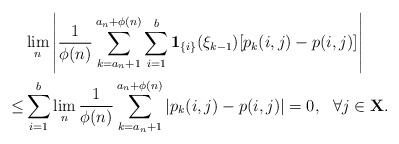
\begin{align*}&\lim_{n}\left|\frac{1}{\phi(n)}\sum_{k=a_n+1}^{a_n+\phi(n)}\sum_{i=1}^b\mathbf{1}_{\{i\}}(\xi_{k-1})[p_k(i,j)-p(i,j)]\right|\\\leq&\sum_{i=1}^b\lim_{n}\frac{1}{\phi(n)}\sum_{k=a_n+1}^{a_n+\phi(n)}|p_{k}(i,j)-p(i,j)|=0,\ \ \forall j\in \mathbf{X}.\end{align*}